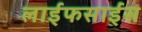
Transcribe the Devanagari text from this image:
लाईफसाईंस